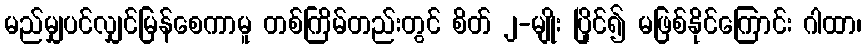
မည်မျှပင်လျှင်မြန်စေကာမူ တစ်ကြိမ်တည်းတွင် စိတ် ၂-မျိုး ပြိုင်၍ မဖြစ်နိုင်ကြောင်း ဂါထာ၊